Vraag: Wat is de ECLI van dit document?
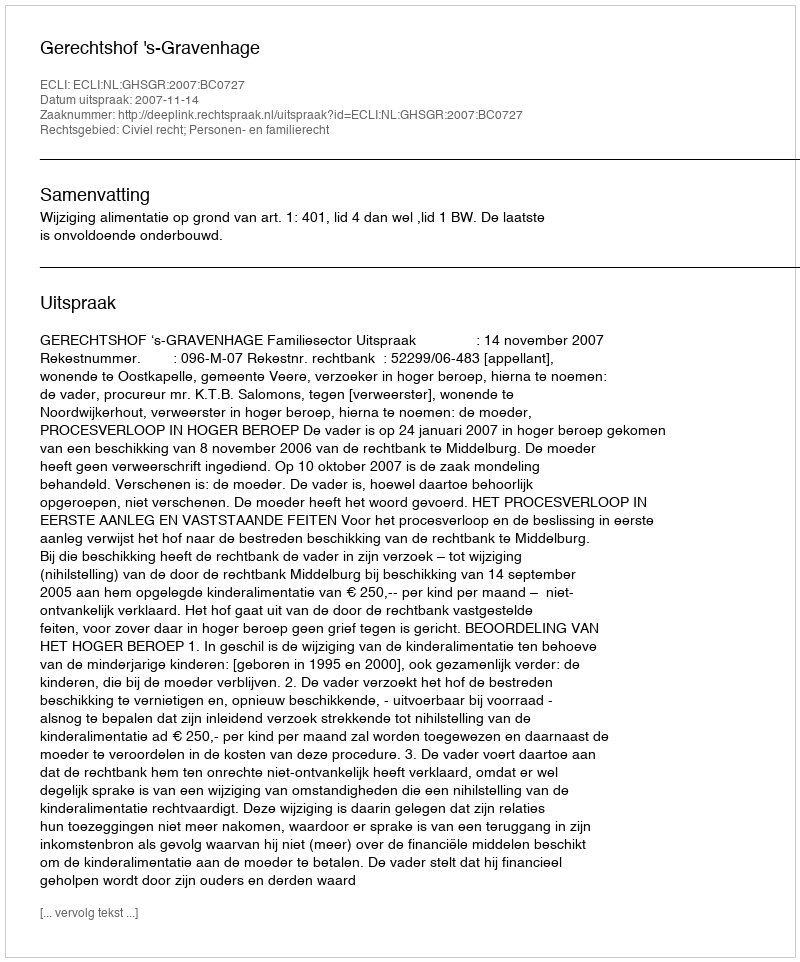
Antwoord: ECLI:NL:GHSGR:2007:BC0727